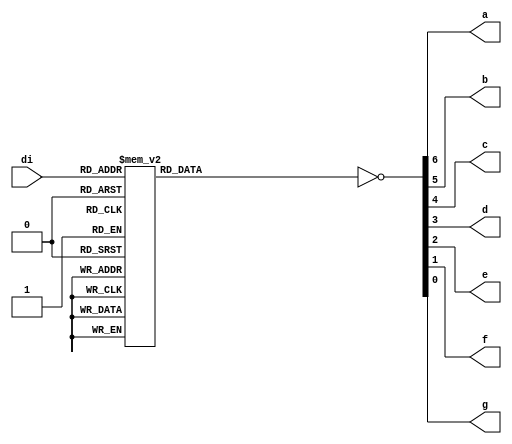
module dig_dec(
        input [3:0] di,
        output reg a,
        output reg b,
        output reg c,
        output reg d,
        output reg e,
        output reg f,
        output reg g
    );
    // we code the led display (from left to right)
    //  __  a
    // |  | f and b
    //  --    g
    // |  |  e and c
    //  __    d
    always@(di)
    begin
            case(di)                              //abcdefg
                4'b0000: {a, b, c, d, e, f, g} = 7'b1111110; // 0 -> a, b, c, d, e, f
                4'b0001: {a, b, c, d, e, f, g} = 7'b0110000; // 1 -> b, c
                4'b0010: {a, b, c, d, e, f, g} = 7'b1101101; // 2 -> a, b, d, e, g
                4'b0011: {a, b, c, d, e, f, g} = 7'b1111001; // 3 -> a, b, c, d, g 
                4'b0100: {a, b, c, d, e, f, g} = 7'b0110011; // 4 -> b, c, f, g
                4'b0101: {a, b, c, d, e, f, g} = 7'b1011011; // 5 -> a, c, d, f, g
                4'b0110: {a, b, c, d, e, f, g} = 7'b1011111; // 6 -> a, f, g, c, d, e
                4'b0111: {a, b, c, d, e, f, g} = 7'b1110000; // 7 -> a, b, c
                4'b1000: {a, b, c, d, e, f, g} = 7'b1111111; // 8 -> a, b, c, d, e, f, g
                4'b1001: {a, b, c, d, e, f, g} = 7'b1111011; // 9 -> a, b, c, d, f, g
                4'b1010: {a, b, c, d, e, f, g} = 7'b1110111; // 10 (A) -> a, b, c, e, f, g
                4'b1011: {a, b, c, d, e, f, g} = 7'b0011111; // 11 (b) -> f, g, c, d, e
                4'b1100: {a, b, c, d, e, f, g} = 7'b0001101; // 12 (c) -> d, e, g
                4'b1101: {a, b, c, d, e, f, g} = 7'b0111101; // 13 (d) -> b, c, d, e, g
                4'b1110: {a, b, c, d, e, f, g} = 7'b1001111; // 14 (E) -> a, d, e, f, g
                4'b1111: {a, b, c, d, e, f, g} = 7'b1000111; // 15 (F) -> a, e, f, g 
                default: {a, b, c, d, e, f, g} = 7'b0000001; // - (err) -> g
        endcase
        {a, b, c, d, e, f, g} = ~{a, b, c, d, e, f, g};
    end
endmodule

module dec2_4(
        input [1:0] ain,
        output reg [3:0] aout
        );
        
        always@(ain)
        begin
            case(ain)
                2'b00: aout = 4'b0001;
                2'b01: aout = 4'b0010;
                2'b10: aout = 4'b0100;
                2'b11: aout = 4'b1000;
            endcase
            aout = ~aout;
        end
endmodule

module dec_debug( // this module will act as a selection for debug
        input [2:0] ain,
        output reg [1:0] aout
        );
        
        always@(ain)
        begin
            case(ain)
                3'b000: aout = 2'b00; // alu_out
                3'b100: aout = 2'b01; // a
                3'b010: aout = 2'b10; // b
                3'b001: aout = 2'b11; // op
                default: aout = 2'b00; // defaults to alu_out
            endcase
        end 
endmodule

module dec_errf( // this module will act as SEGMENT 0 from the LED display
        input [2:0] ain,
        output reg [3:0] aout
        );
        always@(ain)
            case(ain)
                3'b100: aout = 4'b1110; // 14 (E)
                3'b010: aout = 4'b1000; // 8 (OF)
                3'b001: aout = 4'b0010; // 2 (Z)
                default: aout = 4'b0000; // 0 (OK)
            endcase
endmodule

module cnt2(
        input clk,
        output reg [1:0] do
        );       
        always@(posedge clk)
        begin
            if(do <= 2'b11)
                do <= do + 1;
            else
                do <= 2'b00;
        end
endmodule